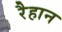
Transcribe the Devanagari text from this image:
रैहान